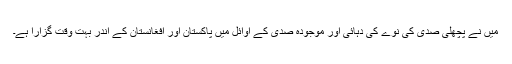
میں نے پچھلى صدى کى نوے کى دہائى اور موجوده صدى کے اوائل میں پاکستان اور افغانستان کے اندر بہت وقت گزارا ہے۔